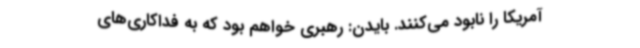
آمریکا را نابود می‌کنند. بایدن: رهبری خواهم بود که به فداکاری‌های